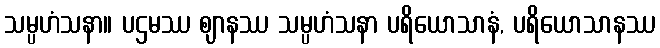
သမ္ပဟံသနာ။ ပဌမဿ ဈာနဿ သမ္ပဟံသနာ ပရိယောသာနံ, ပရိယောသာနဿ